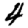
Digit: 4